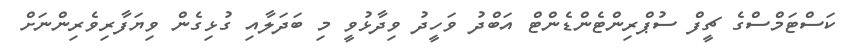
ކަސްޓަމްސްގެ ޗީފް ސުޕްރިންޓެންޑެންޓް އަބްދު ވަހީދު ވިދާޅުވީ މި ބަދަލާއި ގުޅިގެން ވިޔަފާރިވެރިންނަށް